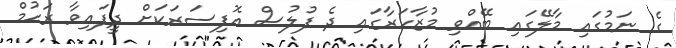
ގެ ނަމުގައި މާލޭގައި ބޭއްވި މުޒާހަރާގައި ދެ ފުލުސް އޮފިސަރަކަށް ދީފައިވާ ރަޙުމް